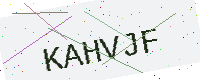
Text: KAHVJF